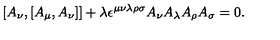
[ A _ { \nu } , [ A _ { \mu } , A _ { \nu } ] ] + \lambda \epsilon ^ { \mu \nu \lambda \rho \sigma } A _ { \nu } A _ { \lambda } A _ { \rho } A _ { \sigma } = 0 .